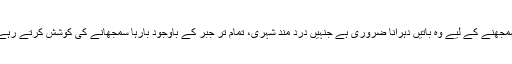
اس سمجھنے کے لیے وہ باتیں دہرانا ضروری ہے جنہیں درد مند شہری، تمام تر جبر کے باوجود بارہا سمجھانے کی کوشش کرتے رہے ہیں۔